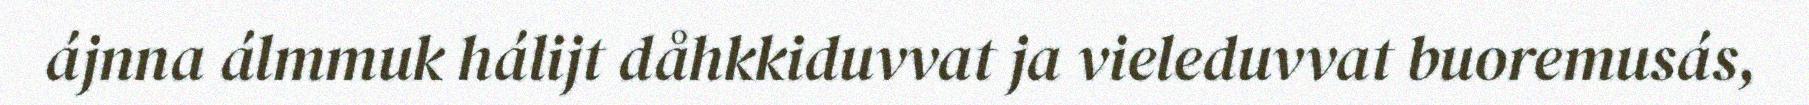
ájnna álmmuk hálijt dåhkkiduvvat ja vieleduvvat buoremusás,